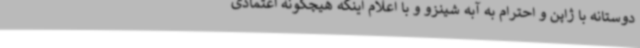
دوستانه با ژاپن و احترام به آبه شینزو و با اعلام اینکه هیچگونه اعتمادی